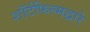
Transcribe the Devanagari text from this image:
शॉर्टफिल्मद्वारे